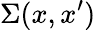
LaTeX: \Sigma(x,x^{\prime})